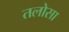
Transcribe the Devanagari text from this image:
तलोसा